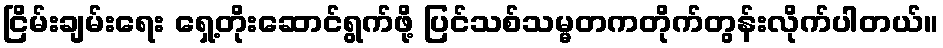
ငြိမ်းချမ်းရေး ရှေ့တိုးဆောင်ရွက်ဖို့ ပြင်သစ်သမ္မတကတိုက်တွန်းလိုက်ပါတယ်။